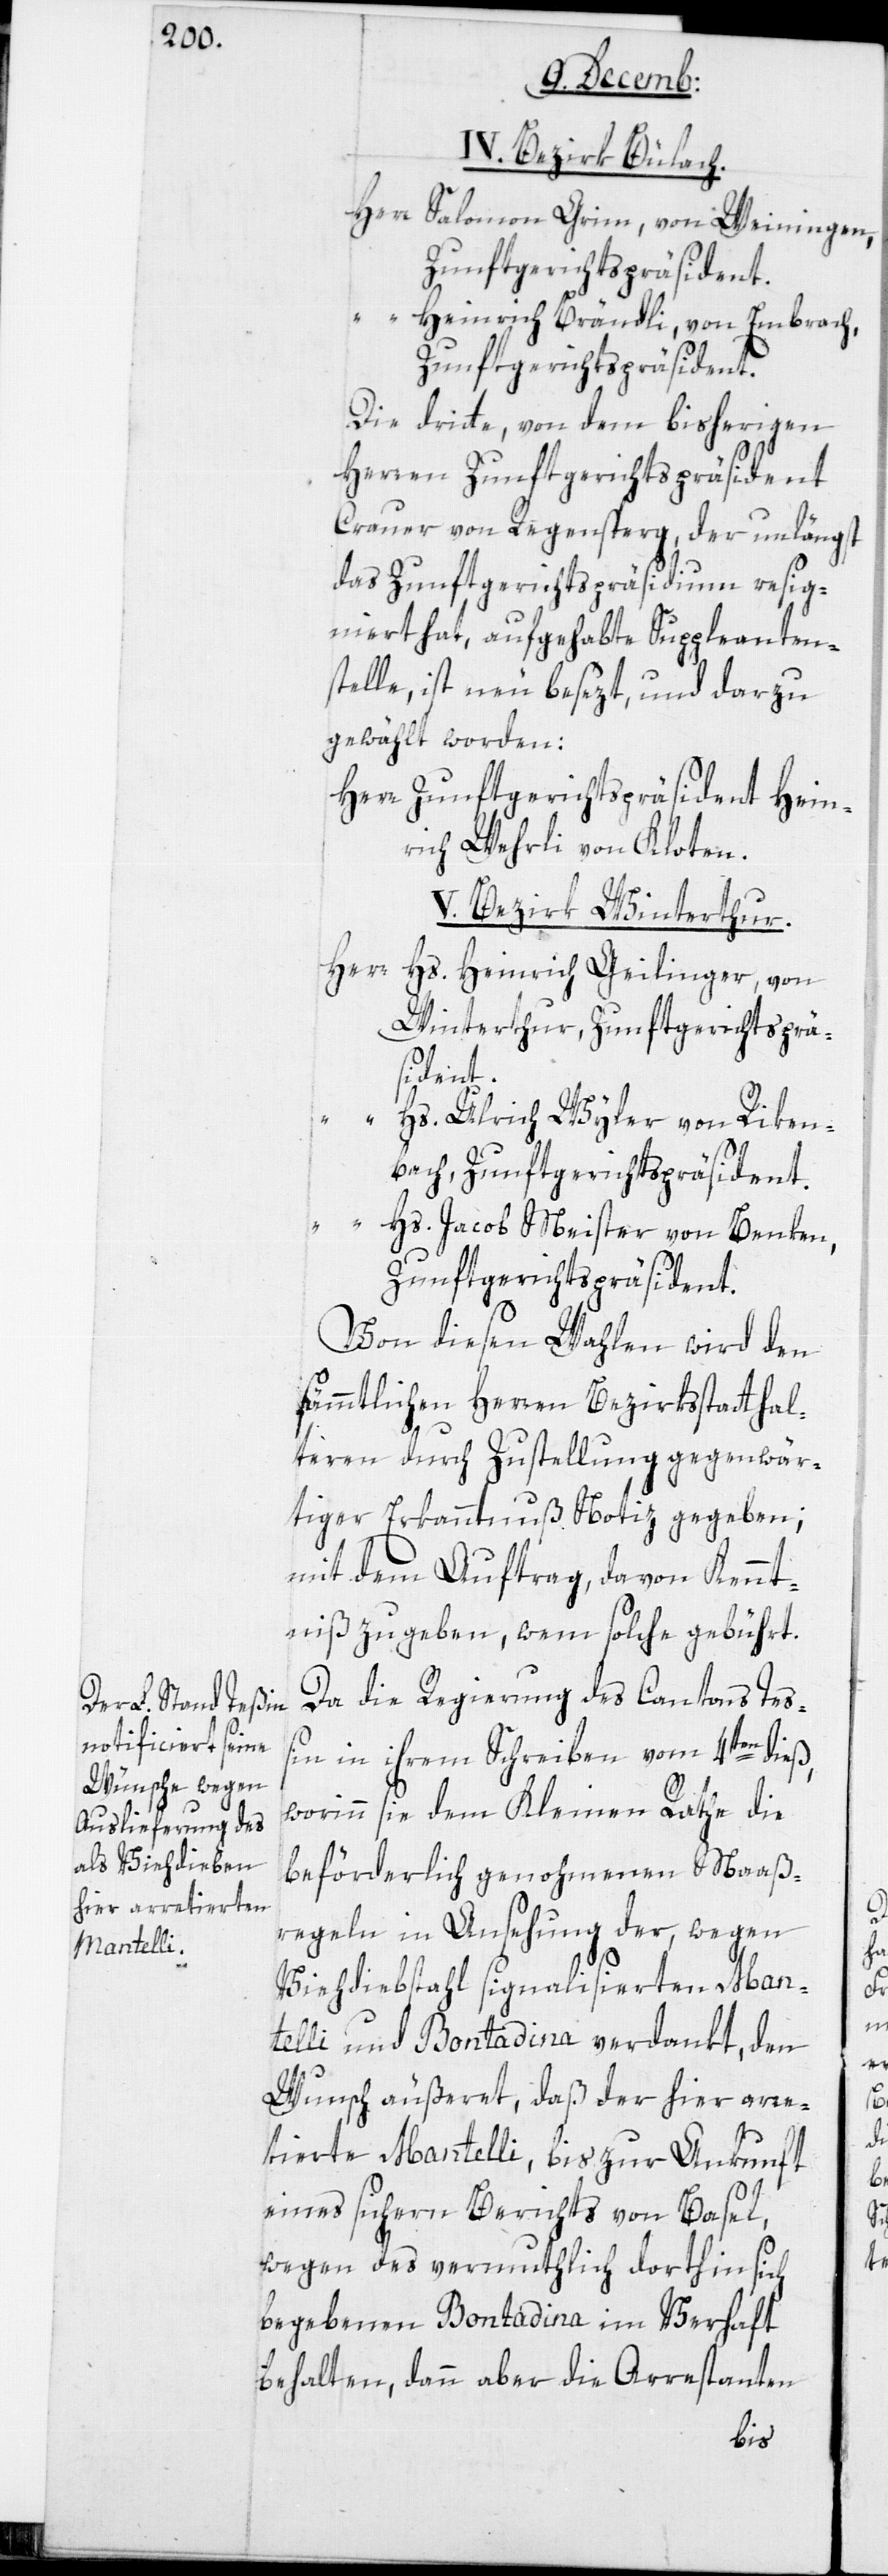
IV. Bezirk Bülach.
Herr Salomon Grimm, von Weiningen,
Zunftgerichtspräsident.
Heinrich Brändli, von Embrach,
Zunftgerichtspräsident.
Die dritte, von dem bisherigen
Herren Zunftgerichtspräsident
Crauer von Regensperg, der unlängst
das Zunftgerichtspräsidium resig¬
niert hat, aufgehabte Suppleanten¬
stelle, ist neu besezt und darzu
gewählt worden:
Herr Zunftgerichtspräsident Hein¬
rich Wehrli von Kloten.
V. Bezirk Winterthur.
Herr Hs. Heinrich Geilinger von
Winterthur, Zunftgerichtsprä¬
sident.
“ Hs. Ulrich Wyler von Riken¬
bach, Zunftgerichtspräsident.
“ Hs. Jacob Meister von Benken,
Zunftgerichtspräsident.
Von diesen Wahlen wird den
sämmtlichen Herren Bezirksstatthal¬
teren durch Zustellung gegenwär¬
tiger Erkanntnuß Notiz gegeben;
mit dem Auftrag, davon Kennt¬
niß zu geben, wem solche gebührt.
Da die Regierung des Cantons Teß¬
in in ihrem Schreiben vom 4ten dieß,
worinn sie dem Kleinen Rathe die
beförderlich genohmenen Maß¬
regeln in Ansehung der, wegen
Viehdiebstahl signalisierten Man¬
telli und Bontadina verdankt, den
Wunsch äußeret, daß der hier arre¬
tierte Mantelli, bis zur Ankunft
eines sichern Berichts von Basel,
wegen des vermuthlich dorthin sich
begebenen Bontadina im Verhaft
behalten, dann aber die Arrestanten